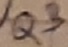
Text: 13